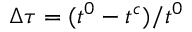
\Delta \tau = ( t ^ { 0 } - t ^ { c } ) / t ^ { 0 }